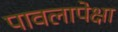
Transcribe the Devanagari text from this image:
पावलापेक्षा